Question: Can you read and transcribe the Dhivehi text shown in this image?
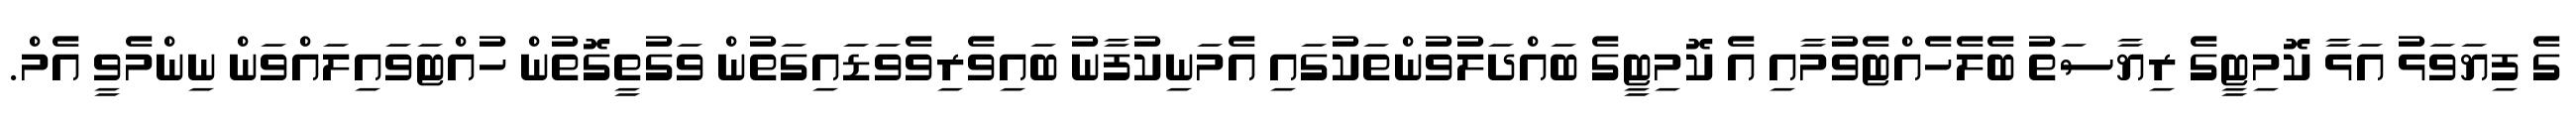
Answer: ގެ ފިޔަވަޅު އަޅާ ކޮމިޓީގެ ރިޔާސަތު ބެލެހެއްޓެވުމާއި އެ ކޮމިޓީގެ ބައްދަލުވުންތަކުގައި އެމަނިކުފާނު ބައިވެރިވެވަޑައިގަތުން ވަގުތީގޮތުން ހުއްޓަވައިލައްވަން ނިންމެވީ އެމް.